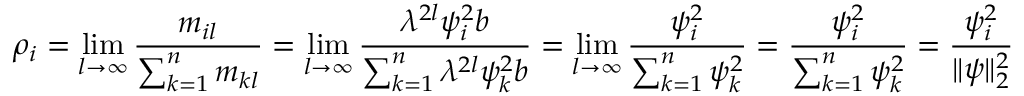
\rho _ { i } = \operatorname* { l i m } _ { l \rightarrow \infty } { \frac { m _ { i l } } { \sum _ { k = 1 } ^ { n } m _ { k l } } } = \operatorname* { l i m } _ { l \rightarrow \infty } { \frac { \lambda ^ { 2 l } \psi _ { i } ^ { 2 } b } { \sum _ { k = 1 } ^ { n } \lambda ^ { 2 l } \psi _ { k } ^ { 2 } b } } = \operatorname* { l i m } _ { l \rightarrow \infty } { \frac { \psi _ { i } ^ { 2 } } { \sum _ { k = 1 } ^ { n } \psi _ { k } ^ { 2 } } } = { \frac { \psi _ { i } ^ { 2 } } { \sum _ { k = 1 } ^ { n } \psi _ { k } ^ { 2 } } } = { \frac { \psi _ { i } ^ { 2 } } { \| \psi \| _ { 2 } ^ { 2 } } }